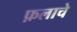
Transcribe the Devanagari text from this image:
फ़लाचे